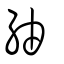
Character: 紬